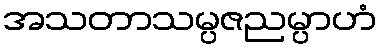
အသတာသမ္ပဇညမ္ပာဟံ